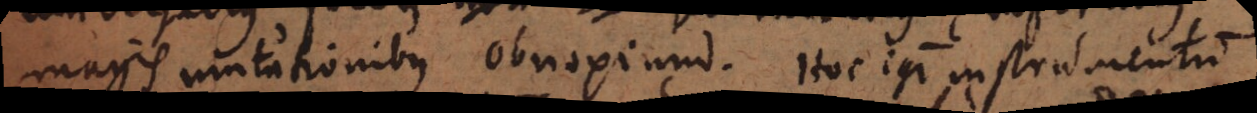
magis mutationibus obnoxium. Hoc igitur instrumentum